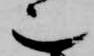
也